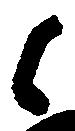
候